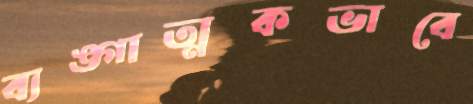
ব্যঙ্গাত্মকভাবে